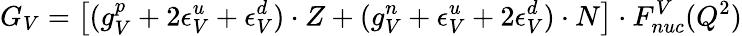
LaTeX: G_{V}=\left[(g_{V}^{p}+2\epsilon_{V}^{u}+\epsilon_{V}^{d})\cdot Z+(g_{V}^{n}+\epsilon_{V}^{u}+2\epsilon_{V}^{d})\cdot N\right]\cdot F_{nuc}^{V}(Q^{2})